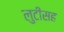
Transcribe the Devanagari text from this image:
लुटीसह